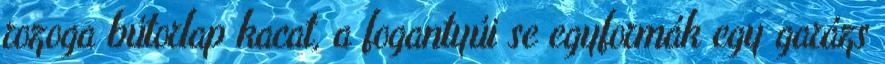
rozoga bútorlap kacat, a fogantyúi se egyformák egy garázs